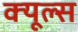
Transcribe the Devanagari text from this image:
क्‍यूल्‍स